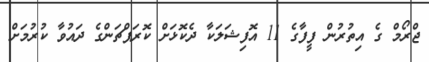
ޖްރޯމް ގެ އިތުރުން ފީފާގެ 11 އޮފިޝަލަކާ ދެކޮޅަށް ކޮރަޕްޗަންގެ ދައުވާ ކުރުމަށް